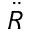
\ddot { R }